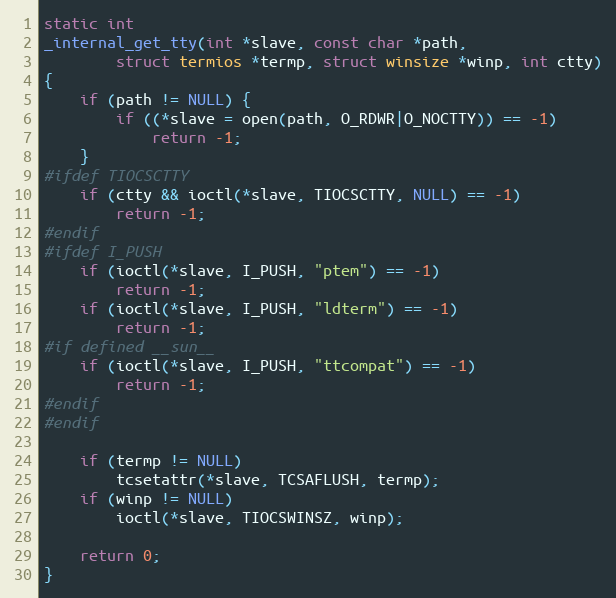
Language: C
static int
_internal_get_tty(int *slave, const char *path,
        struct termios *termp, struct winsize *winp, int ctty)
{
    if (path != NULL) {
        if ((*slave = open(path, O_RDWR|O_NOCTTY)) == -1)
            return -1;
    }
#ifdef TIOCSCTTY
    if (ctty && ioctl(*slave, TIOCSCTTY, NULL) == -1)
        return -1;
#endif
#ifdef I_PUSH
    if (ioctl(*slave, I_PUSH, "ptem") == -1)
        return -1;
    if (ioctl(*slave, I_PUSH, "ldterm") == -1)
        return -1;
#if defined __sun__
    if (ioctl(*slave, I_PUSH, "ttcompat") == -1)
        return -1;
#endif
#endif

    if (termp != NULL)
        tcsetattr(*slave, TCSAFLUSH, termp);
    if (winp != NULL)
        ioctl(*slave, TIOCSWINSZ, winp);

    return 0;
}